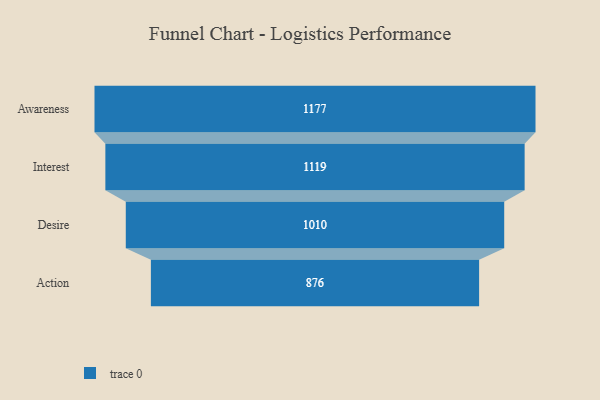
{"axis": {"x": "Stage", "y": "Value"}, "legend": [""], "data": [{"x": "Awareness", "y": 1177.0, "type": ""}, {"x": "Interest", "y": 1119.0, "type": ""}, {"x": "Desire", "y": 1010.0, "type": ""}, {"x": "Action", "y": 876.0, "type": ""}]}